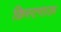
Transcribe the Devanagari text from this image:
क्रिस्टगाऊ